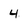
Character: 4